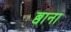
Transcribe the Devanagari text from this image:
ब्वाना